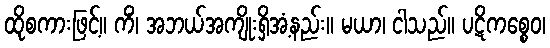
ထိုစကားဖြင့်။ ကိံ၊ အဘယ်အကျိုးရှိအံ့နည်း။ မယာ၊ ငါသည်။ ပဋိကစ္စေဝ၊